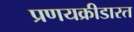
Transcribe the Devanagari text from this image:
प्रणयक्रीडारत